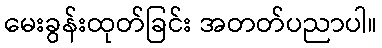
မေးခွန်းထုတ်ခြင်း အတတ်ပညာပါ။